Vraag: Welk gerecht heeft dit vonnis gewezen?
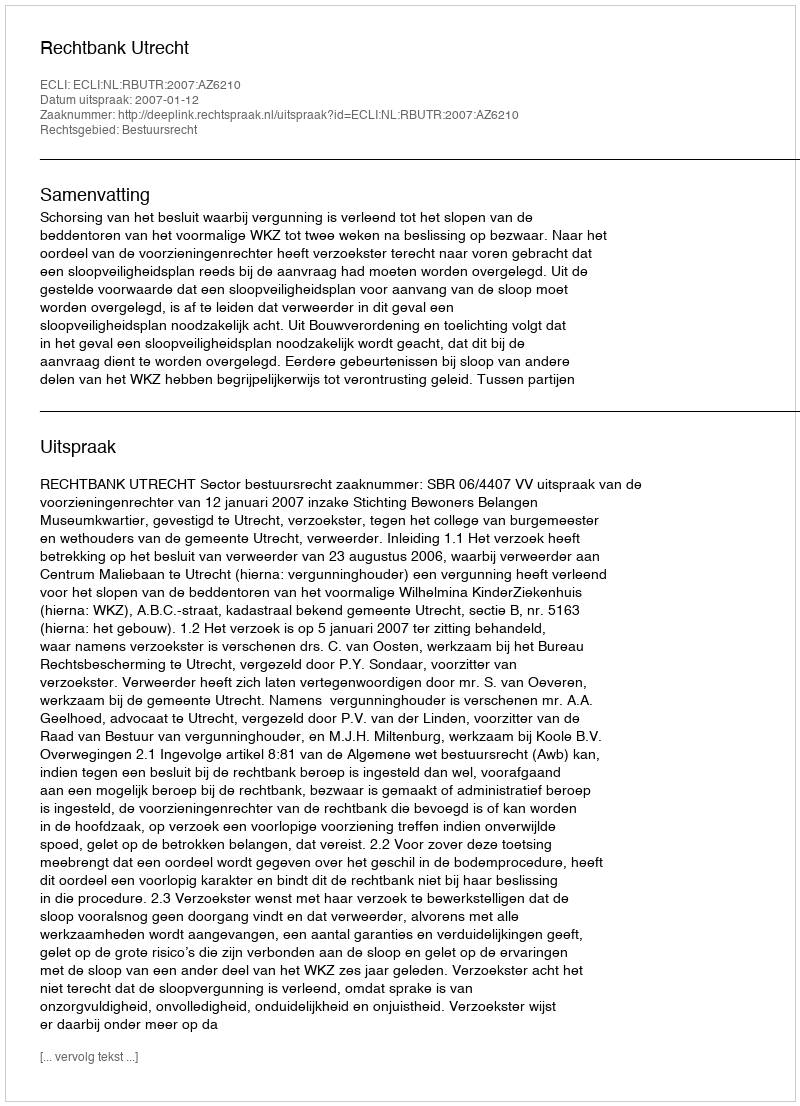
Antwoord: Rechtbank Utrecht